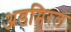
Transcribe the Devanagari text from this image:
अडमिरल